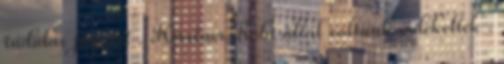
indulás jogáért . Kerstner Robi által voltunk érdekeltek .